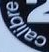
calibre